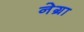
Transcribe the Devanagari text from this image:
नेग्रा